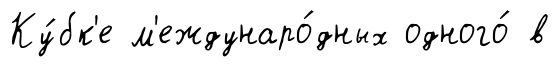
Ку́бк'е м'еждунаро́дных одного́ в